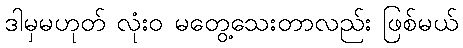
ဒါမှမဟုတ် လုံးဝ မတွေ့သေးတာလည်း ဖြစ်မယ်